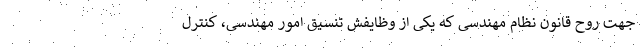
جهت روح قانون نظام مهندسی که یکی از وظایفش تنسیق امور مهندسی، کنترل